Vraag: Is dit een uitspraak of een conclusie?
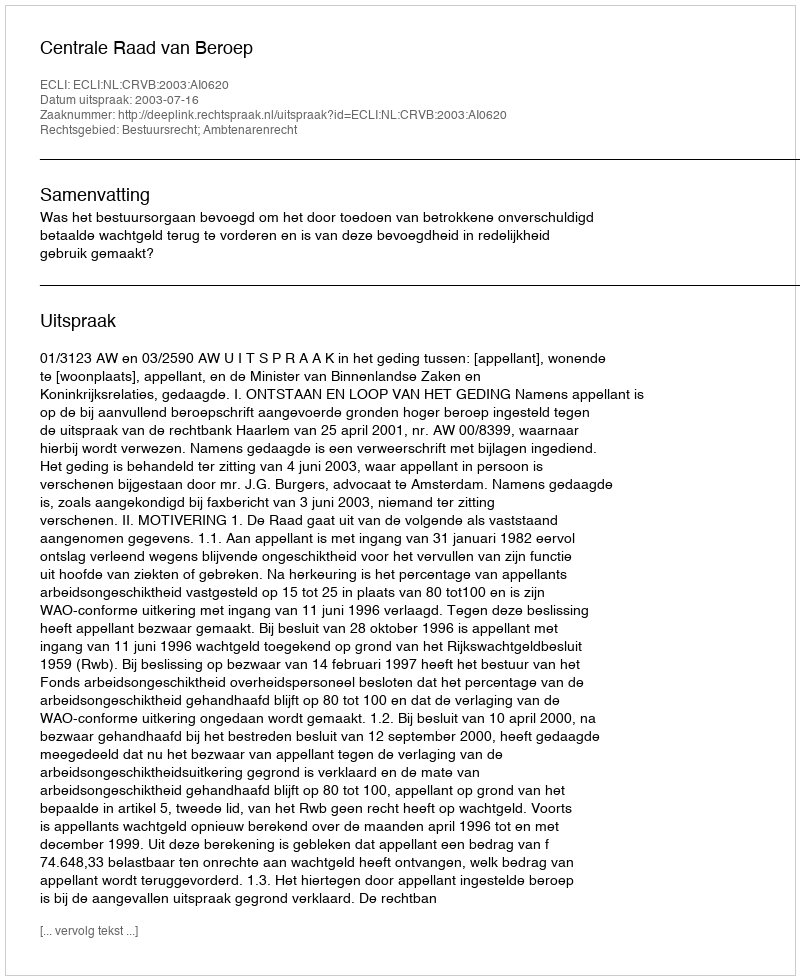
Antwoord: Uitspraak